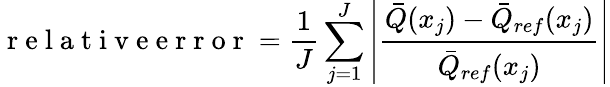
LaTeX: \mathrm{~r~e~l~a~t~i~v~e~e~r~r~o~r~}=\frac{1}{J}\sum_{j=1}^{J}\left|\frac{\bar{Q}(x_{j})-\bar{Q}_{ref}(x_{j})}{\bar{Q}_{ref}(x_{j})}\right|